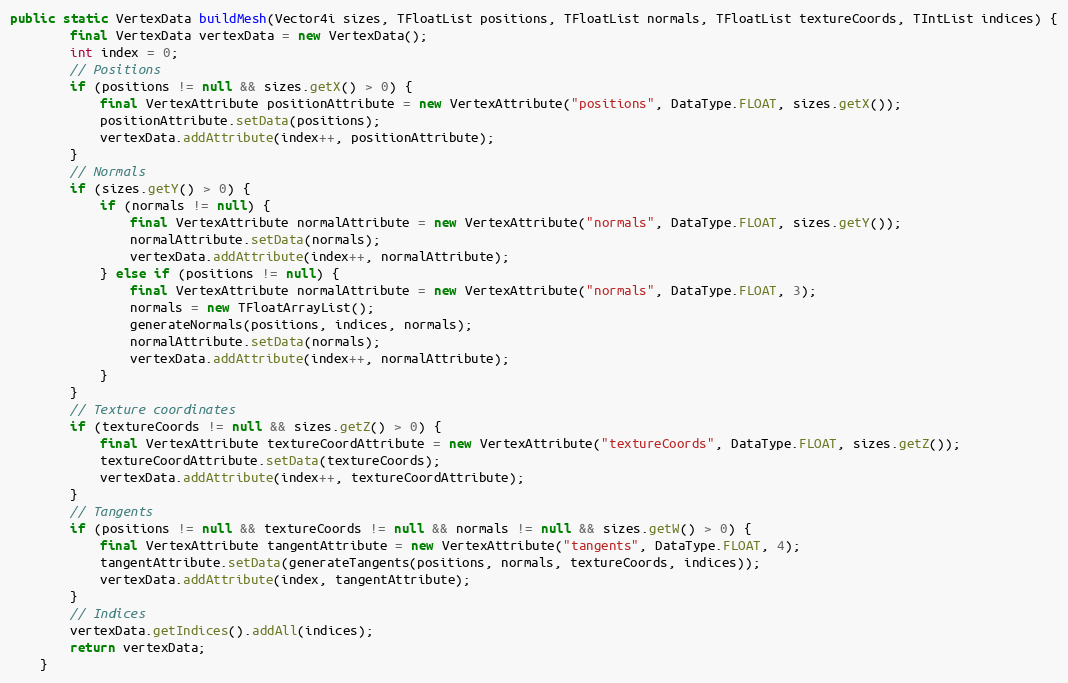
Language: Java
public static VertexData buildMesh(Vector4i sizes, TFloatList positions, TFloatList normals, TFloatList textureCoords, TIntList indices) {
        final VertexData vertexData = new VertexData();
        int index = 0;
        // Positions
        if (positions != null && sizes.getX() > 0) {
            final VertexAttribute positionAttribute = new VertexAttribute("positions", DataType.FLOAT, sizes.getX());
            positionAttribute.setData(positions);
            vertexData.addAttribute(index++, positionAttribute);
        }
        // Normals
        if (sizes.getY() > 0) {
            if (normals != null) {
                final VertexAttribute normalAttribute = new VertexAttribute("normals", DataType.FLOAT, sizes.getY());
                normalAttribute.setData(normals);
                vertexData.addAttribute(index++, normalAttribute);
            } else if (positions != null) {
                final VertexAttribute normalAttribute = new VertexAttribute("normals", DataType.FLOAT, 3);
                normals = new TFloatArrayList();
                generateNormals(positions, indices, normals);
                normalAttribute.setData(normals);
                vertexData.addAttribute(index++, normalAttribute);
            }
        }
        // Texture coordinates
        if (textureCoords != null && sizes.getZ() > 0) {
            final VertexAttribute textureCoordAttribute = new VertexAttribute("textureCoords", DataType.FLOAT, sizes.getZ());
            textureCoordAttribute.setData(textureCoords);
            vertexData.addAttribute(index++, textureCoordAttribute);
        }
        // Tangents
        if (positions != null && textureCoords != null && normals != null && sizes.getW() > 0) {
            final VertexAttribute tangentAttribute = new VertexAttribute("tangents", DataType.FLOAT, 4);
            tangentAttribute.setData(generateTangents(positions, normals, textureCoords, indices));
            vertexData.addAttribute(index, tangentAttribute);
        }
        // Indices
        vertexData.getIndices().addAll(indices);
        return vertexData;
    }